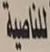
للناصية